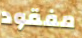
مفقود